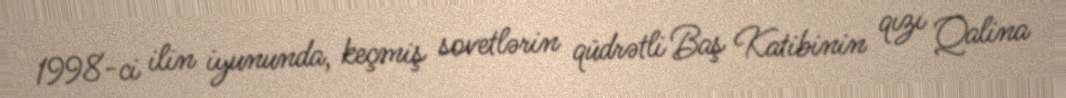
1998-ci ilin iyununda, keçmiş sovetlərin qüdrətli Baş Katibinin qızı Qalina